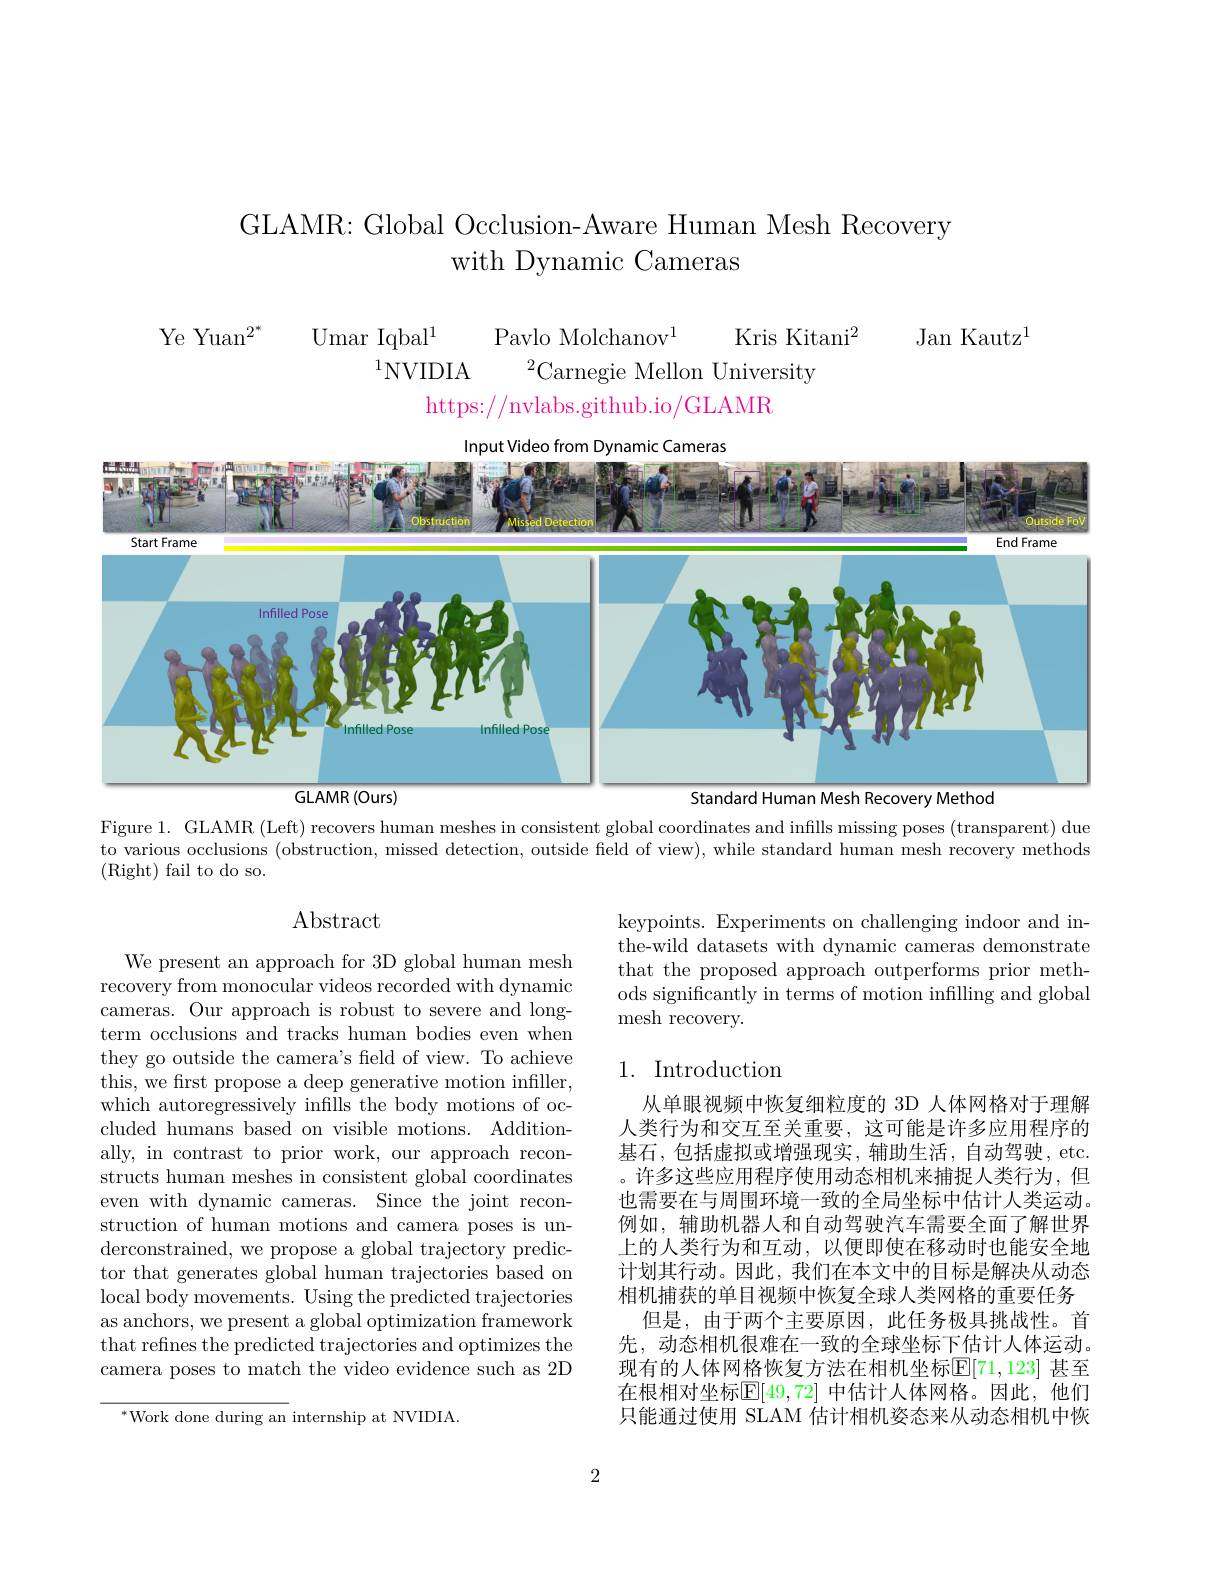
# GLAMR: Global Occlusion-Aware Human Mesh Recovery with Dynamic Cameras

Jan Kautz$^1$

Ye Yuan$^{2^*}$

Umar Iqbal$^1$
Pavlo Molchanov$^{1}$
Kris Kitani$^2$
$^{1}$NVIDIA
$^2$Carnegie Mellon University
https://nvlabs.github.io/GLAMR

<FigureHere>

Figure 1. GLAMR (Left) recovers human meshes in consistent global coordinates and infills missing poses (transparent) due

to various occlusions (obstruction, missed detection, outside field of view), while standard human mesh recovery methods

(Right) fail to do so.

## Abstract

keypoints. Experiments on challenging indoor and inthe-wild datasets with dynamic cameras demonstrate that the proposed approach outperforms prior methods significantly in terms of motion infilling and global mesh recovery.

## 1. Introduction

We present an approach for 3D global human mesh recovery from monocular videos recorded with dynamic cameras. Our approach is robust to severe and longterm occlusions and tracks human bodies even when they go outside the camera's field of view. To achieve this, we frst propose a deep generative motion infiller, which autoregressively infills the body motions of occluded humans based on visible motions. Additionally, in contrast to prior work, our approach reconstructs human meshes in consistent global coordinates even with dynamic cameras. Since the joint reconstruction of human motions and camera poses is underconstrained, we propose a global trajectory predictor that generates global human trajectories based on local body movements. Using the predicted trajectories as anchors, we present a global optimization framework that refines the predicted trajectories and optimizes the camera poses to match the video evidence such as 2D

从单眼视频中恢复细粒度的 3D 人体网格对于理解人类行为和交互至关重要，这可能是许多应用程序的基石，包括虚拟或增强现实，辅助生活，自动驾驶，etc. 。许多这些应用程序使用动态相机来捕捉人类行为，但也需要在与周围环境一致的全局坐标中估计人类运动。例如，辅助机器人和自动驾驶汽车需要全面了解世界上的人类行为和互动，以便即使在移动时也能安全地计划其行动。因此，我们在本文中的目标是解决从动态相机捕获的单目视频中恢复全球人类网格的重要任务
但是，由于两个主要原因，此任务极具挑战性。首先，动态相机很难在一致的全球坐标下估计人体运动。现有的人体网格恢复方法在相机坐标$\mathbb{E}[71,123]$ 甚至在根相对坐标$\mathbb{E}[49,72]$ 中估计人体网格。因此，他们只能通过使用 SLAM 估计相机姿态来从动态相机中恢

$^{*}$Work done during an internship at NVIDIA.

2